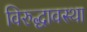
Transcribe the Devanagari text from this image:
विरुद्धावस्था